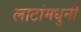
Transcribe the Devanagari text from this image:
लाटांमधुनी